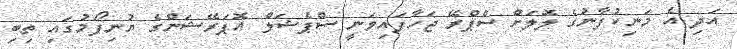
އަދި އެ މަނިކުފާނުގެ ލޮލަށް ސްޕްރޭ ޖަހާފައިވަނީ ސްޕެޝަލް އޮޕަރޭޝަންގެ ޔުނިފޯމުގައި ތިބި